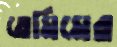
তেমিমের